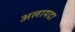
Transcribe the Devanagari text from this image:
अलायदा